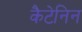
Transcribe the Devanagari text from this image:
कैटेनिन